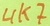
Text: 4K7